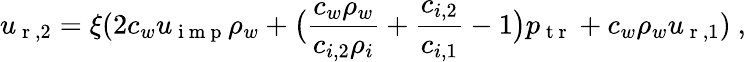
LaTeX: u_{\mathrm{~r~},2}=\xi(2c_{w}u_{\mathrm{~i~m~p~}}\rho_{w}+\big(\frac{c_{w}\rho_{w}}{c_{i,2}\rho_{i}}+\frac{c_{i,2}}{c_{i,1}}-1\big)p_{\mathrm{~t~r~}}+c_{w}\rho_{w}u_{\mathrm{~r~},1})\ ,